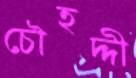
চৌহদ্দী